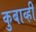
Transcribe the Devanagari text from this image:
कुबाव्ही